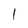
Character: l